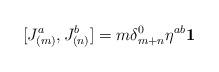
LaTeX: \begin{align*}\lbrack J_{(m)}^{a},J_{(n)}^{b}]=m\delta _{m+n}^{0}\eta ^{ab}\mathbf{1}\end{align*}